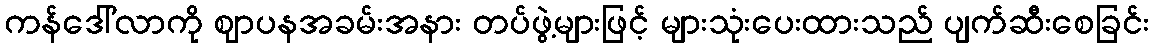
ကန်ဒေါ်လာကို ဈာပနအခမ်းအနား တပ်ဖွဲ့များဖြင့် များသုံးပေးထားသည် ပျက်ဆီးစေခြင်း